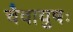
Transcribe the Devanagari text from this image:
चैवायुषः